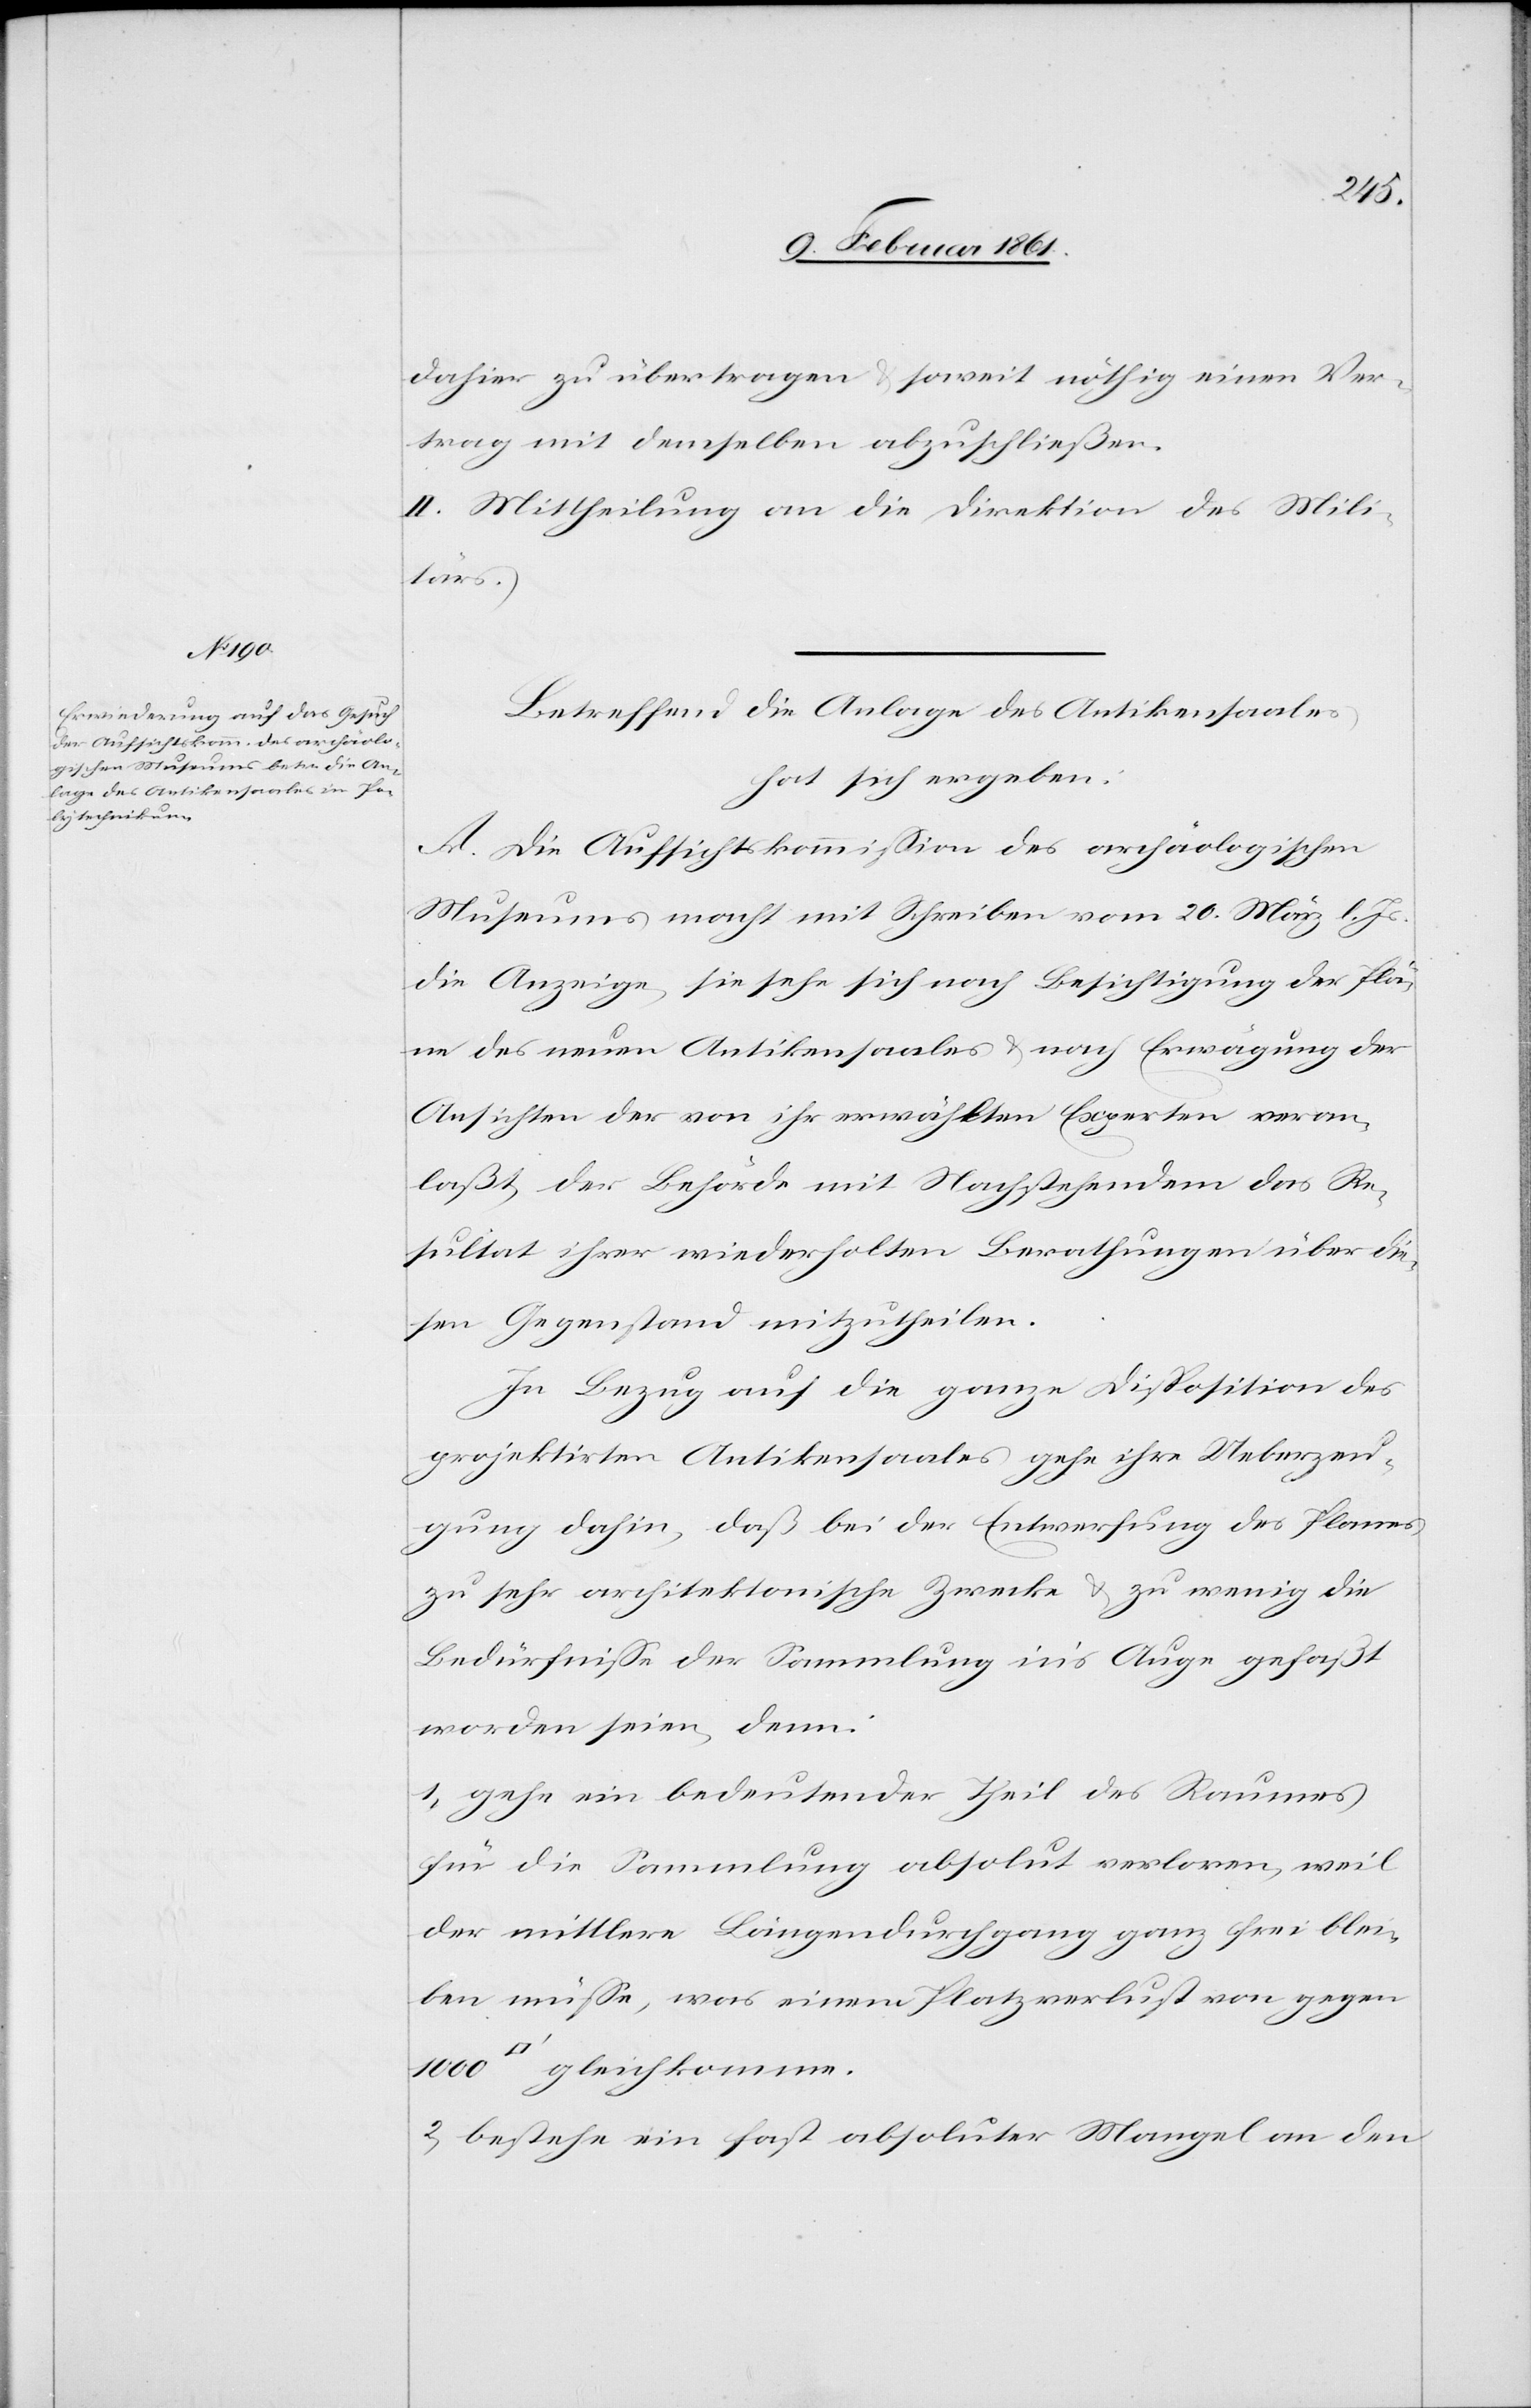
dahier zu übertragen u. soweit nöthig einen Ver¬
trag mit demselben abzuschließen.
II. Mittheilung an die Direktion des Mili¬
tärs.
Betreffend die Anlage des Antikensaales
hat sich ergeben:
A. Die Aufsichtskommission des archäologischen
Museums macht mit Schreiben vom 20. März l. Js.
die Anzeige, sie sehe sich nach Besichtigung der Plä¬
ne des neuen Antikensaales u. nach Erwägung der
Ansichten der von ihr erwählten Experten veran¬
laßt, der Behörde mit Nachstehendem das Re¬
sultat ihrer wiederholten Berathungen über die¬
sen Gegenstand mitzutheilen.
In Bezug auf die ganze Disposition des
projektirten Antikensaales gehe ihre Ueberzeu¬
gung dahin, daß bei der Entwerfung des Planes
zu sehr architektonische Zwecke u. zu wenig die
Bedürfnisse der Sammlung in’s Auge gefaßt
worden seien, denn:
1) gehe ein bedeutender Theil des Raumes
für die Sammlung absolut verloren, weil
der mittlere Längendurchgang ganz frei blei¬
ben müsse, was einem Platzverlust von gegen
2) bestehe ein fast absoluter Mangel an den